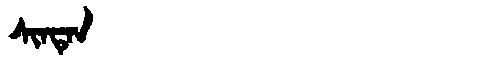
Manchu: ᠰᡳᠨᡨᡝᠨ
Romanization: SINTEN